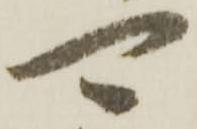
可